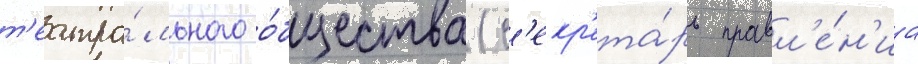
т'еатра́льного о́бщества (с'екр'ета́рь правл'е́н'иа